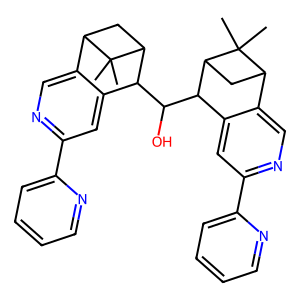
SMILES: CC1(C)C2CC1C(C(O)C1c3cc(-c4ccccn4)ncc3C3CC1C3(C)C)c1cc(-c3ccccn3)ncc12
Inhibits HIV replication: No